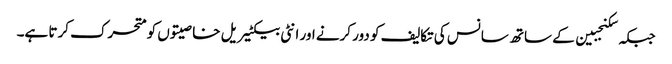
جبکہ سکنجبین کے ساتھ سانس کی تکالیف کو دور کرنے اور انٹی بیکٹیریل خاصیتوں کو متحرک کرتا ہے۔